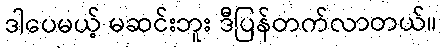
ဒါပေမယ့် မဆင်းဘူး ဒီပြန်တက်လာတယ်။